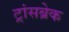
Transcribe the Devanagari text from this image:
ट्रांसब्रेक